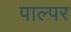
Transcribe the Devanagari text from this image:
पाल्पर